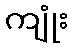
ကျုံး